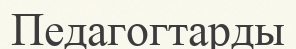
Педагогтарды